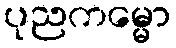
ပုညကမ္မော